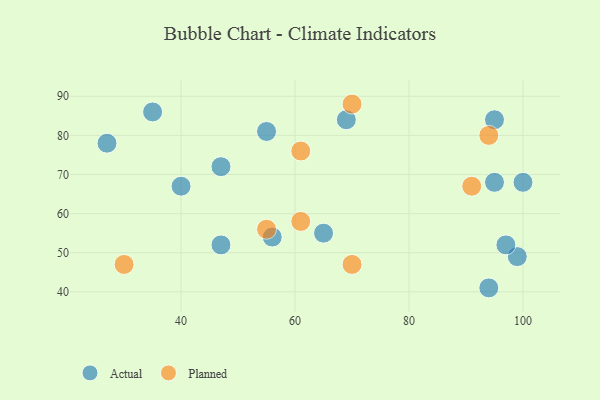
{"axis": {"x": "GDP", "y": "Life Expectancy"}, "legend": ["Actual", "Planned"], "data": [{"x": "47", "y": 72, "type": "Actual"}, {"x": "99", "y": 49, "type": "Actual"}, {"x": "97", "y": 52, "type": "Actual"}, {"x": "47", "y": 52, "type": "Actual"}, {"x": "40", "y": 67, "type": "Actual"}, {"x": "95", "y": 84, "type": "Actual"}, {"x": "95", "y": 68, "type": "Actual"}, {"x": "35", "y": 86, "type": "Actual"}, {"x": "55", "y": 81, "type": "Actual"}, {"x": "69", "y": 84, "type": "Actual"}, {"x": "65", "y": 55, "type": "Actual"}, {"x": "56", "y": 54, "type": "Actual"}, {"x": "94", "y": 41, "type": "Actual"}, {"x": "100", "y": 68, "type": "Actual"}, {"x": "27", "y": 78, "type": "Actual"}, {"x": "70", "y": 88, "type": "Planned"}, {"x": "55", "y": 56, "type": "Planned"}, {"x": "61", "y": 76, "type": "Planned"}, {"x": "30", "y": 47, "type": "Planned"}, {"x": "94", "y": 80, "type": "Planned"}, {"x": "70", "y": 47, "type": "Planned"}, {"x": "91", "y": 67, "type": "Planned"}, {"x": "61", "y": 58, "type": "Planned"}]}